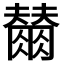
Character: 𭁲